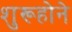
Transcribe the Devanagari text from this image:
शुरूहोने